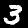
Digit: 3